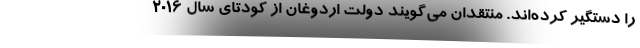
را دستگیر کرده‌اند. منتقدان می‌گویند دولت اردوغان از کودتای سال 2016